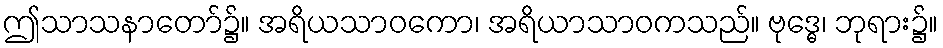
ဤသာသနာတော်၌။ အရိယသာဝကော၊ အရိယာသာဝကသည်။ ဗုဒ္ဓေ၊ ဘုရား၌။